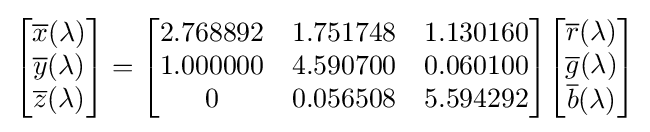
{\begin{bmatrix}{\overline {x}}(\lambda )\\{\overline {y}}(\lambda )\\{\overline {z}}(\lambda )\end{bmatrix}}={\begin{bmatrix}2.768892&1.751748&1.130160\\1.000000&4.590700&0.060100\\0&0.056508&5.594292\\\end{bmatrix}}{\begin{bmatrix}{\overline {r}}(\lambda )\\{\overline {g}}(\lambda )\\{\overline {b}}(\lambda )\end{bmatrix}}